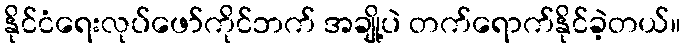
နိုင်ငံရေးလုပ်ဖော်ကိုင်ဘက် အချို့ပဲ တက်ရောက်နိုင်ခဲ့တယ်။